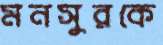
মনসুরকে